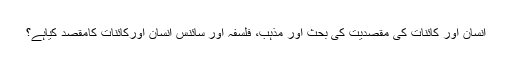
انسان اور کائنات کی مقصدیت کی بحث اور مذہب، فلسفہ اور سائنس انسان اورکائنات کامقصد کیاہے؟